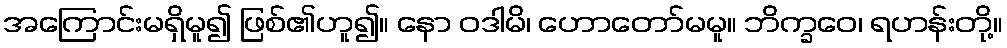
အကြောင်းမရှိမူ၍ ဖြစ်၏ဟူ၍။ နော ဝဒါမိ၊ ဟောတော်မမူ။ ဘိက္ခဝေ၊ ရဟန်းတို့။